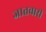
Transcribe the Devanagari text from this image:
जातवारी